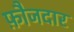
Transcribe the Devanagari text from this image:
फ़ौजदार